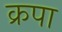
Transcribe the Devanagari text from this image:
क्रपा